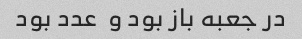
در جعبه باز بود و  عدد بود